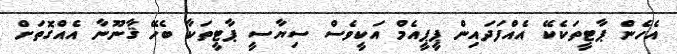
އެހެން ޕާޓީތަކެކޭ އެއްފަދައިން ޕީޕީއެމް އަކީވެސް ސިޔާސީ ޕާޓީތަކާ ބެހޭ ޤާނޫނާ އެއްގޮތަށް